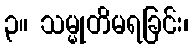
၃။ သမ္မုတိမရခြင်း၊